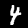
Label: 4